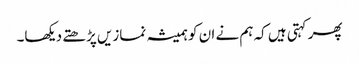
پھر کہتی ہیں کہ ہم نے ان کو ہمیشہ نمازیں پڑھتے دیکھا۔